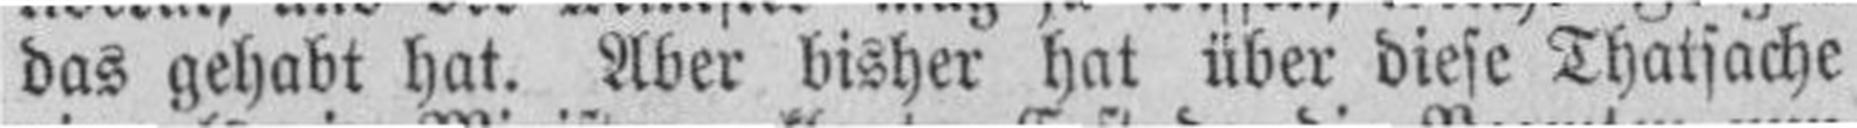
das gehabt hat. Aber bisher hat über diese Thatsache